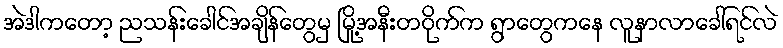
အဲဒါကတော့ ညသန်းခေါင်အချိန်တွေမှ မြို့အနီးတဝိုက်က ရွာတွေကနေ လူနာလာခေါ်ရင်လဲ